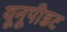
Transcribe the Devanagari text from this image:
यूनूपीडट